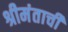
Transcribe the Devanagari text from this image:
श्रीमंताची